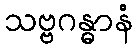
သဗ္ဗဂန္ဓာနံ